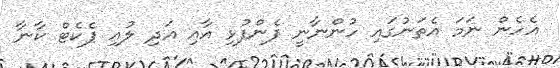
އެހެން ނަމަ އެތަނުގައި ހުންނާނީ ފެންފުޅި އާއި އަދި ލުއި ޕެކެޓް ކާނާ